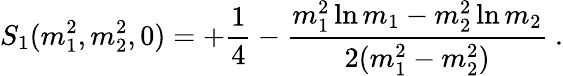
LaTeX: S_{1}(m_{1}^{2},m_{2}^{2},0)=+\frac{1}{4}-\frac{m_{1}^{2}\ln{m_{1}}-m_{2}^{2}\ln{m_{2}}}{2(m_{1}^{2}-m_{2}^{2})}\ .